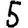
Digit: 5